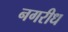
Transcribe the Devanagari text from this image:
नगरीध